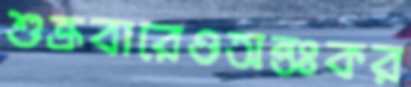
শুক্রবারেওঅন্তঃকর